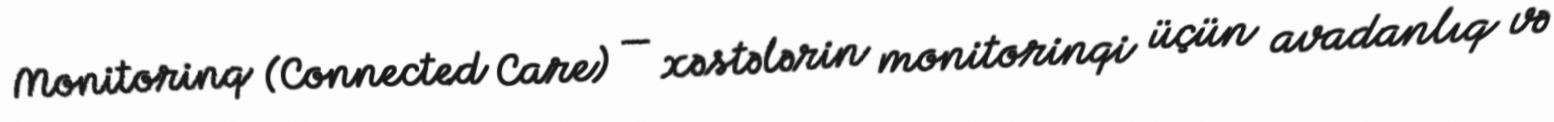
Monitorinq (Connected Care) — xəstələrin monitorinqi üçün avadanlıq və